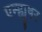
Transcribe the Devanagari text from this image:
एन्ह्युषर